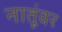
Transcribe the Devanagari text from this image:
नातूंवर